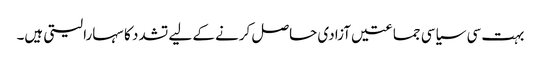
‏ بہت سی سیاسی جماعتیں آزادی حاصل کرنے کے لیے تشدد کا سہارا لیتی ہیں۔